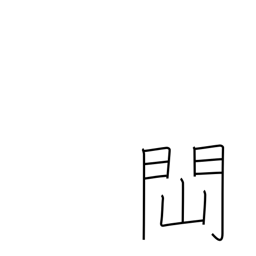
Meaning: to be obstructed